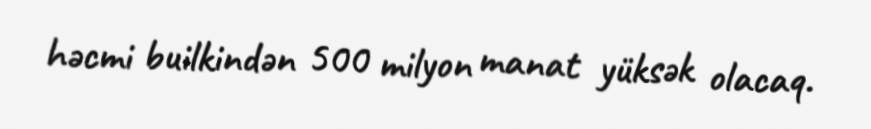
həcmi builkindən 500 milyon manat yüksək olacaq.